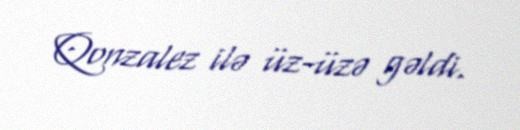
Qonzalez ilə üz-üzə gəldi.